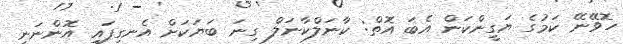
ހޮވޭނޭ ކަމުގެ ޔަގީންކަން އެބަ އޮތް: ކާނަލްކާނަލް ގިނަ ބަޔަކަށް އެނގިފައި އޮންނަނީ